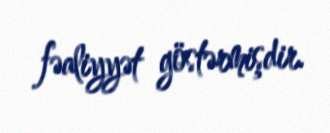
fəaliyyət göstərmişdir.